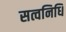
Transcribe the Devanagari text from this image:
सत्वनिधि